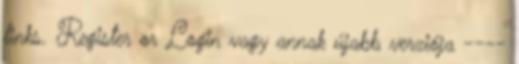
links. Register or Login vagy annak újabb verziója ----